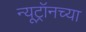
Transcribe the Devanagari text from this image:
न्यूट्रॉनच्या